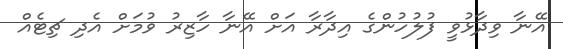
އޭނާ ވިދާޅުވީ ފުލުހުންގެ އިދާރާ އަށް އޭނާ ހާޒިރު ވުމަށް އެދި ޗިޓެއް